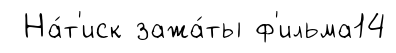
На́т'иск зажа́ты ф'ильма14